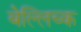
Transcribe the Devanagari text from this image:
बेल्लिच्क